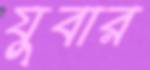
যুবার